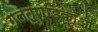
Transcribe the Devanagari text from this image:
गलतुण्डिकाओं